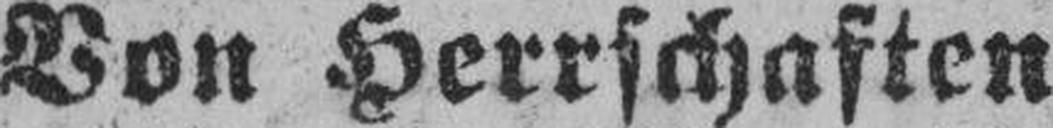
Von Herrschaften